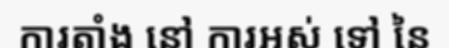
ការតាំង នៅ ការអស់ ទៅ នៃ